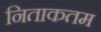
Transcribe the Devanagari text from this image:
निताकतम